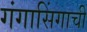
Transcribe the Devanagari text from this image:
गंगासिंगाची